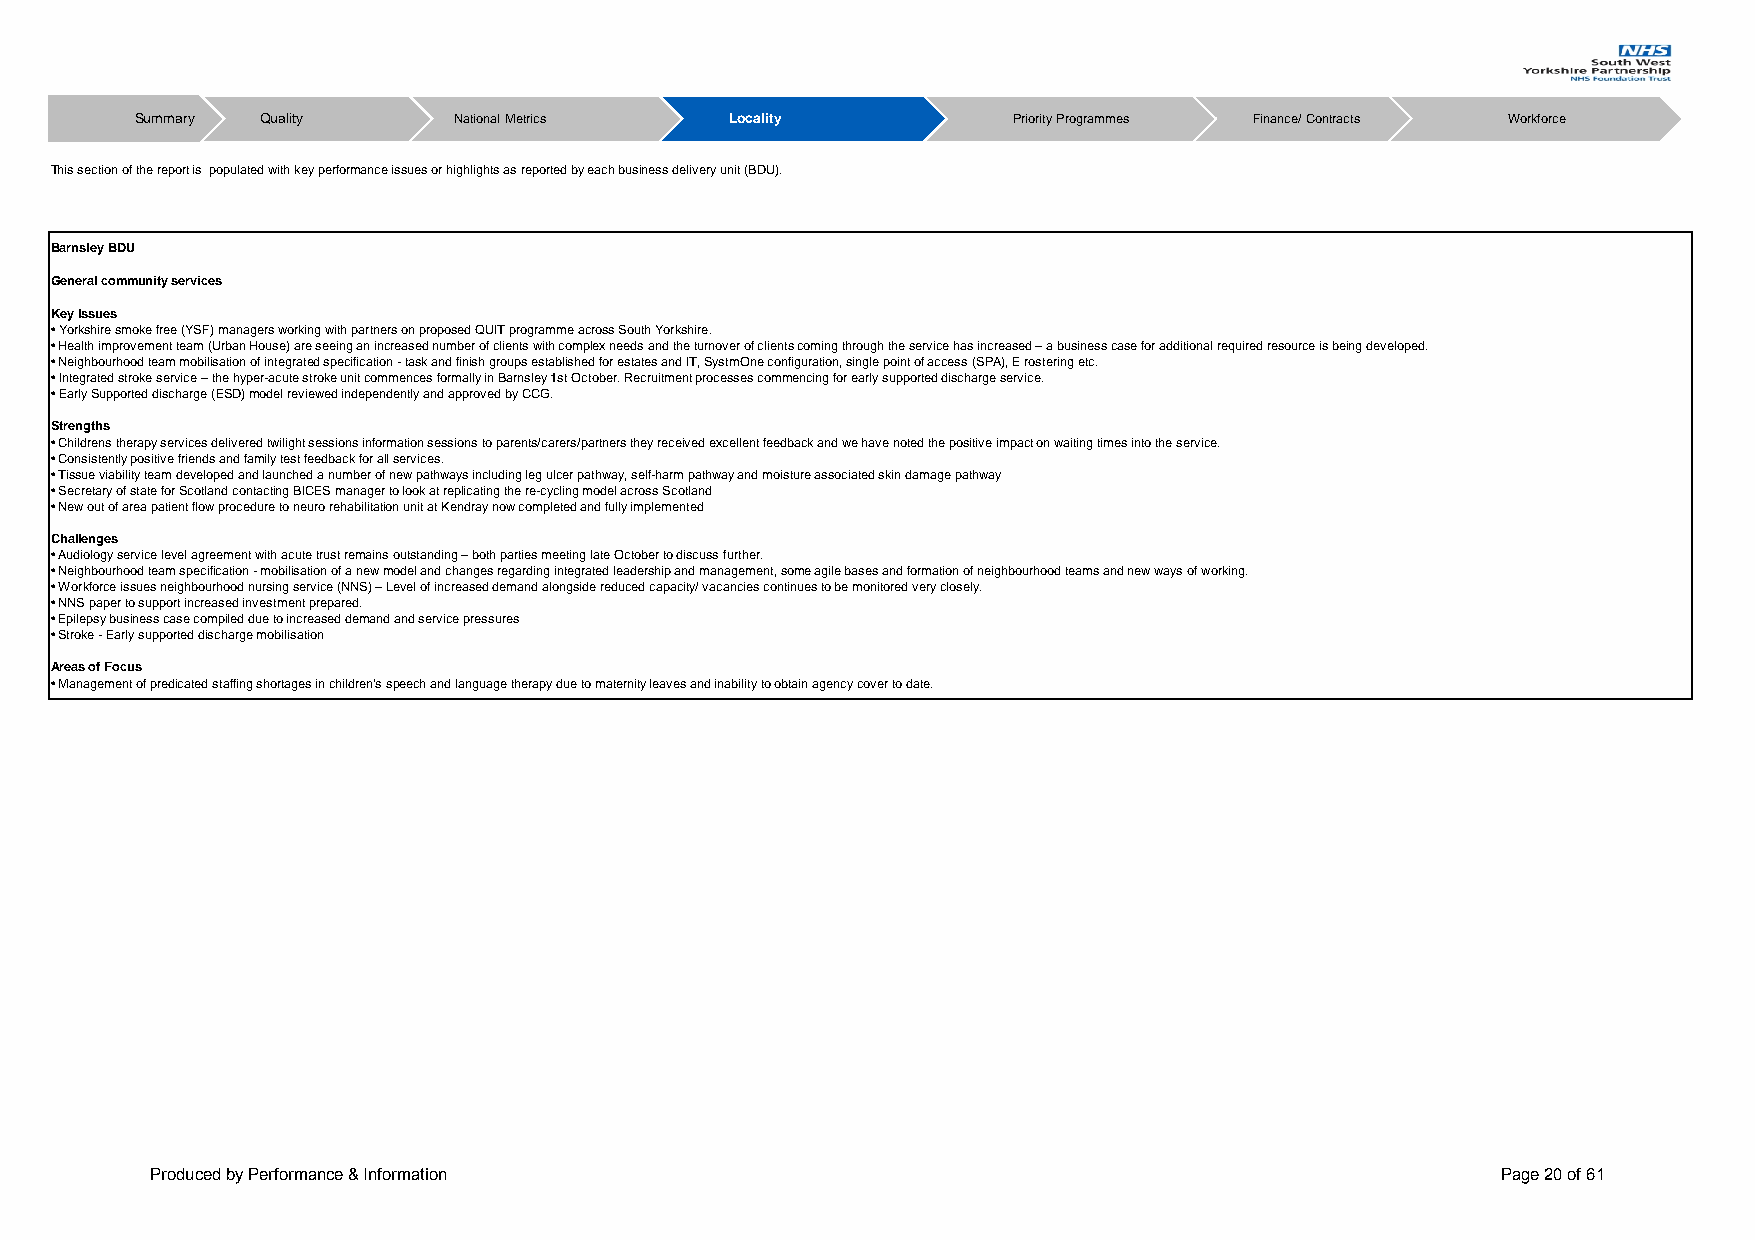
Summary Quality      National Metrics  Locality           Priority Programmes Finance/ Contracts Workforce
 This section of the report is populated with key performance issues or highlights as reported by each business delivery unit (BDU).
 Barnsley BDU
 General community services
 Key Issues
 • Yorkshire smoke free (YSF) managers working with partners on proposed QUIT programme across South Yorkshire.
 • Health improvement team (Urban House) are seeing an increased number of clients with complex needs and the turnover of clients coming through the service has increased – a business case for additional required resource is being developed.
 • Neighbourhood team mobilisation of integrated specification - task and finish groups established for estates and IT, SystmOne configuration, single point of access (SPA), E rostering etc.
 • Integrated stroke service – the hyper-acute stroke unit commences formally in Barnsley 1st October. Recruitment processes commencing for early supported discharge service.
 • Early Supported discharge (ESD) model reviewed independently and approved by CCG.
 Strengths
 • Childrens therapy services delivered twilight sessions information sessions to parents/carers/partners they received excellent feedback and we have noted the positive impact on waiting times into the service.
 • Consistently positive friends and family test feedback for all services.
 • Tissue viability team developed and launched a number of new pathways including leg ulcer pathway, self-harm pathway and moisture associated skin damage pathway
 • Secretary of state for Scotland contacting BICES manager to look at replicating the re-cycling model across Scotland
 • New out of area patient flow procedure to neuro rehabilitation unit at Kendray now completed and fully implemented
 Challenges
 • Audiology service level agreement with acute trust remains outstanding – both parties meeting late October to discuss further.
 • Neighbourhood team specification - mobilisation of a new model and changes regarding integrated leadership and management, some agile bases and formation of neighbourhood teams and new ways of working.
 • Workforce issues neighbourhood nursing service (NNS) – Level of increased demand alongside reduced capacity/ vacancies continues to be monitored very closely.
 • NNS paper to support increased investment prepared.
 • Epilepsy business case compiled due to increased demand and service pressures
 • Stroke - Early supported discharge mobilisation
 Areas of Focus
 • Management of predicated staffing shortages in children's speech and language therapy due to maternity leaves and inability to obtain agency cover to date.
 Produced by Performance & Information                                                    Page 20 of 61